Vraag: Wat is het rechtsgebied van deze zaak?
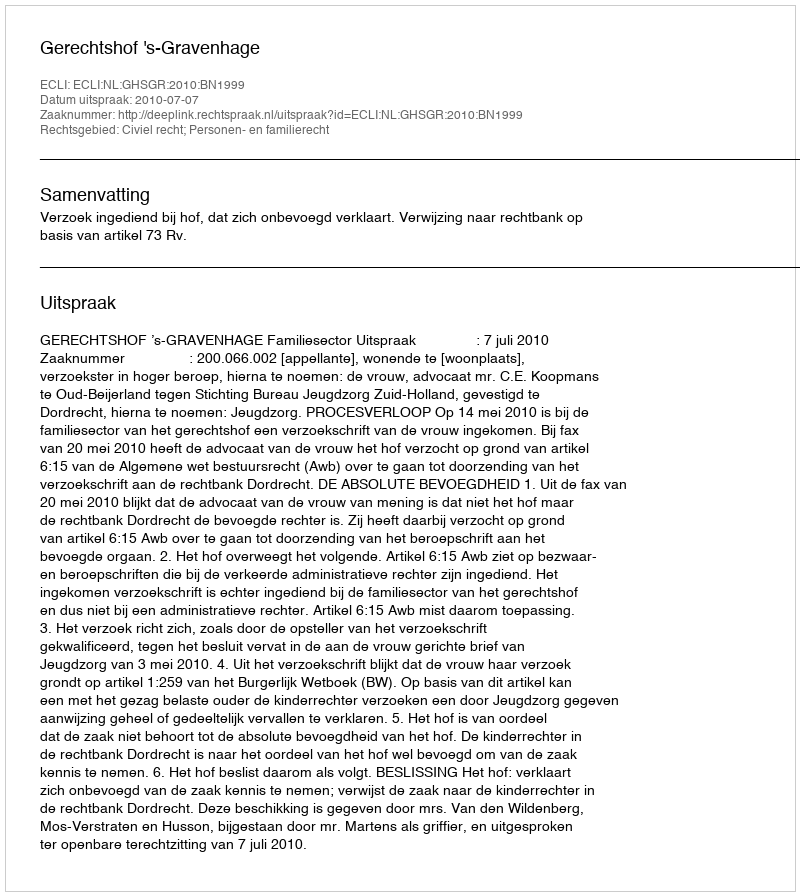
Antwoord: Civiel recht; Personen- en familierecht